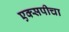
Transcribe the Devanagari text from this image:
एक्सपीचा